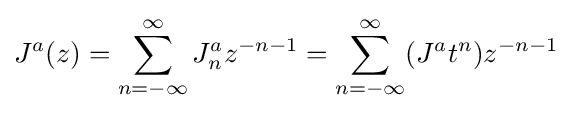
J^{a}(z)=\sum _{n=-\infty }^{\infty }J_{n}^{a}z^{-n-1}=\sum _{n=-\infty }^{\infty }(J^{a}t^{n})z^{-n-1}